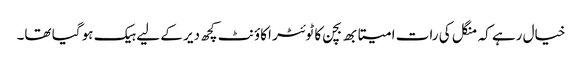
خیال رہے کہ منگل کی رات امیتابھ بچن کا ٹوئٹر اکاؤنٹ کچھ دیر کے لیے ہیک ہو گیا تھا۔